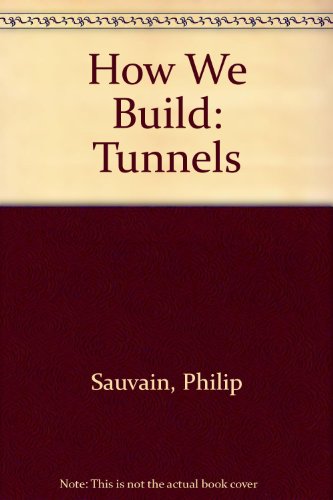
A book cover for How We Build: Tunnels (How We Build); Philip Sauvain; Children's Books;